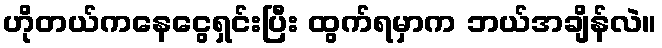
ဟိုတယ်ကနေငွေရှင်းပြီး ထွက်ရမှာက ဘယ်အချိန်လဲ။